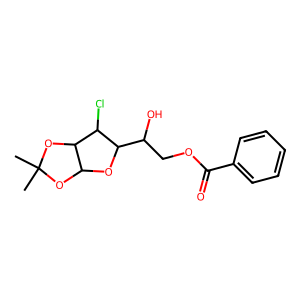
SMILES: CC1(C)OC2OC(C(O)COC(=O)c3ccccc3)C(Cl)C2O1
Inhibits HIV replication: No